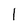
Character: l